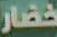
خضار